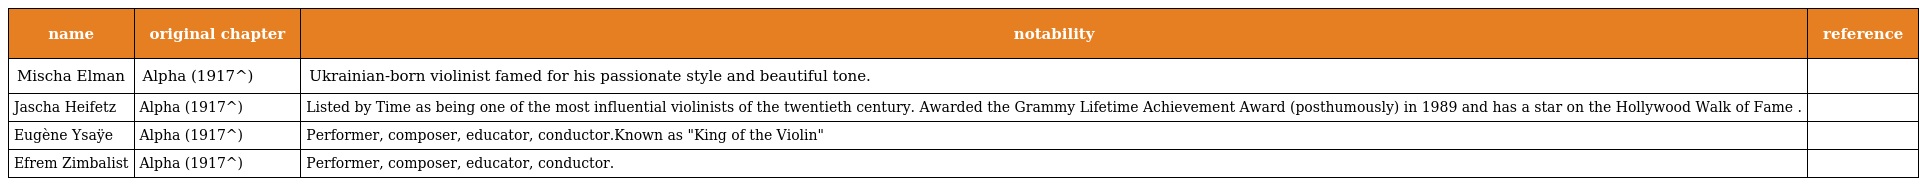
| name | original chapter | notability | reference |
 | --- | --- | --- | --- |
 | Mischa Elman | Alpha (1917^) | Ukrainian-born violinist famed for his passionate style and beautiful tone. |  |
 | Jascha Heifetz | Alpha (1917^) | Listed by Time as being one of the most influential violinists of the twentieth century. Awarded the Grammy Lifetime Achievement Award (posthumously) in 1989 and has a star on the Hollywood Walk of Fame . |  |
 | Eugène Ysaÿe | Alpha (1917^) | Performer, composer, educator, conductor.Known as "King of the Violin" |  |
 | Efrem Zimbalist | Alpha (1917^) | Performer, composer, educator, conductor. |  |